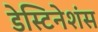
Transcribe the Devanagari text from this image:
डेस्टिनेशंस